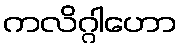
ကလိဂ္ဂါဟော